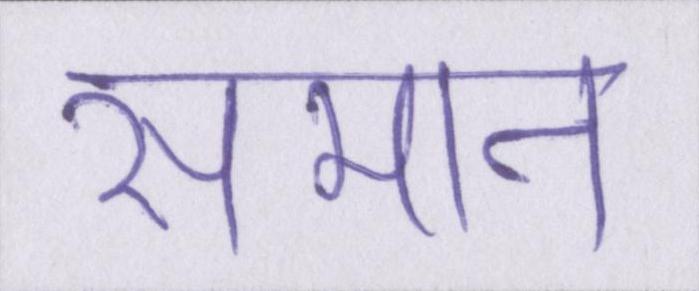
समान